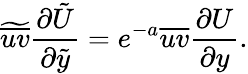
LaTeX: \widetilde{\overline{{uv}}}\frac{\partial\tilde{U}}{\partial\tilde{y}}=e^{-a}\overline{{uv}}\frac{\partial{U}}{\partial{y}}.